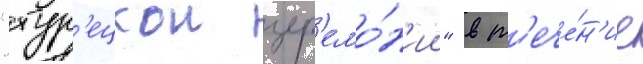
"тур'ецкои цер'емо́н'ии" в т'ече́н'ие